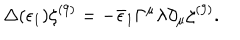
LaTeX: \Delta ( \epsilon _ { 1 } ) \zeta ^ { ( 9 ) } = - \bar { \epsilon } _ { 1 } \Gamma ^ { \mu } \lambda \partial _ { \mu } \zeta ^ { ( 9 ) } .